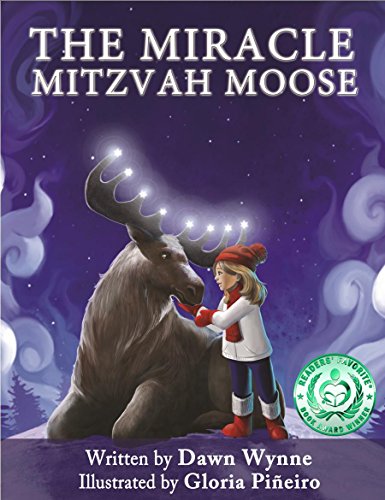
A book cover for The Miracle Mitzvah Moose: Children's picture book to teach kids values; Dawn Wynne; Children's Books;